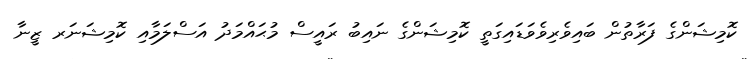
ކޮމިޝަންގެ ފަރާތުން ބައިވެރިވެވަޑައިގަތީ ކޮމިޝަންގެ ނައިބު ރައީސް މުޙައްމަދު އަސްލަމާއި ކޮމިޝަނަރ ޒީނާ